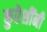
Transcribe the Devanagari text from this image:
कुरेशींनी